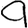
Digit: 9